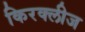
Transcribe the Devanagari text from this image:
किरक्लीज